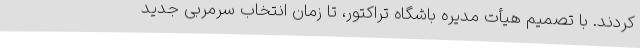
کردند. با تصمیم هیأت مدیره باشگاه تراکتور، تا زمان انتخاب سرمربی جدید